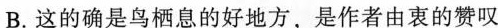
B.这的确是鸟栖息的好地方，是作者由衷的赞叹